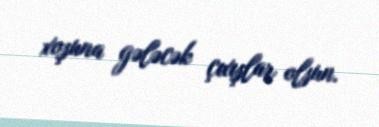
xoşuna gələcək çıxışlar olsun.